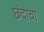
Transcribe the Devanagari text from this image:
छंदाचा